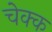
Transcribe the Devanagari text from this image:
चेक्क